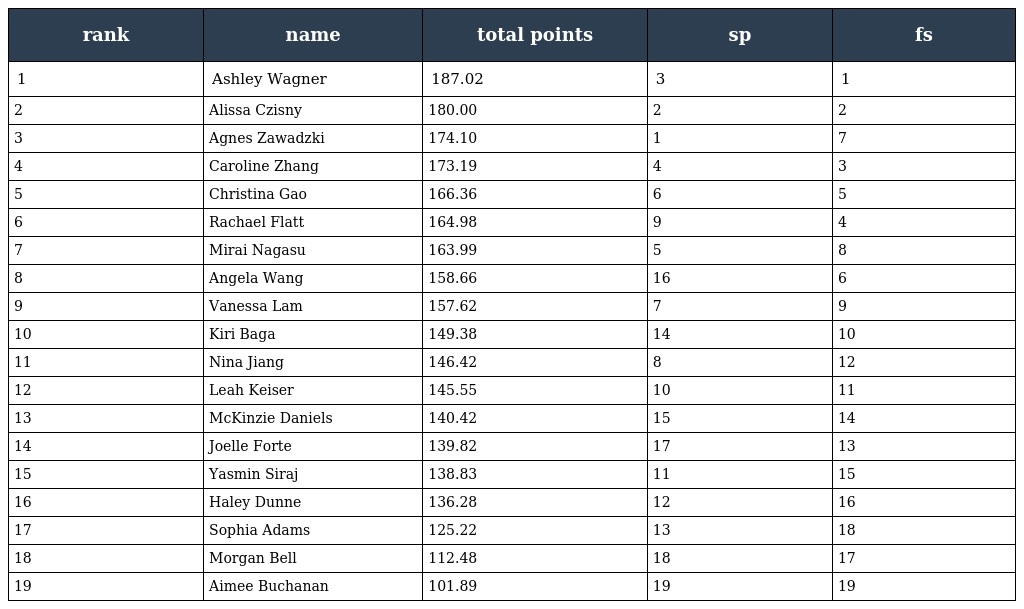
| rank | name | total points | sp | fs |
 | --- | --- | --- | --- | --- |
 | 1 | Ashley Wagner | 187.02 | 3 | 1 |
 | 2 | Alissa Czisny | 180.00 | 2 | 2 |
 | 3 | Agnes Zawadzki | 174.10 | 1 | 7 |
 | 4 | Caroline Zhang | 173.19 | 4 | 3 |
 | 5 | Christina Gao | 166.36 | 6 | 5 |
 | 6 | Rachael Flatt | 164.98 | 9 | 4 |
 | 7 | Mirai Nagasu | 163.99 | 5 | 8 |
 | 8 | Angela Wang | 158.66 | 16 | 6 |
 | 9 | Vanessa Lam | 157.62 | 7 | 9 |
 | 10 | Kiri Baga | 149.38 | 14 | 10 |
 | 11 | Nina Jiang | 146.42 | 8 | 12 |
 | 12 | Leah Keiser | 145.55 | 10 | 11 |
 | 13 | McKinzie Daniels | 140.42 | 15 | 14 |
 | 14 | Joelle Forte | 139.82 | 17 | 13 |
 | 15 | Yasmin Siraj | 138.83 | 11 | 15 |
 | 16 | Haley Dunne | 136.28 | 12 | 16 |
 | 17 | Sophia Adams | 125.22 | 13 | 18 |
 | 18 | Morgan Bell | 112.48 | 18 | 17 |
 | 19 | Aimee Buchanan | 101.89 | 19 | 19 |